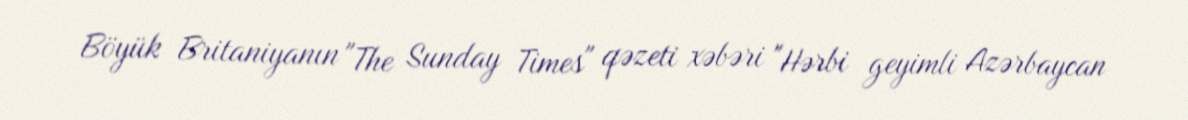
Böyük Britaniyanın "The Sunday Times" qəzeti xəbəri "Hərbi geyimli Azərbaycan